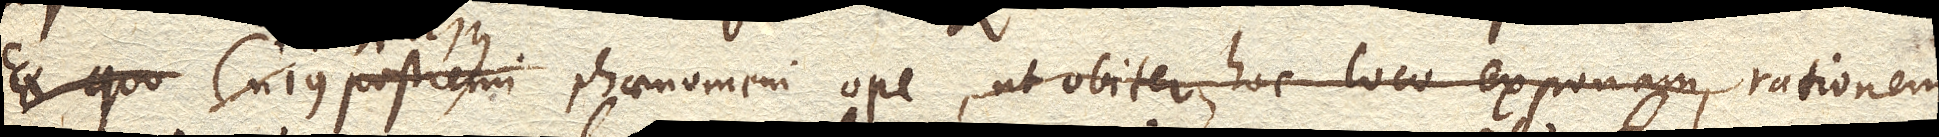
Ex quo Cujus postremi phaenomeni ope, ut obiter hoc loco exponam, rationem